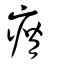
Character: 瘠